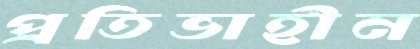
প্রতিভাহীন